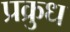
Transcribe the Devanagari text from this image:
प्रक्रुध